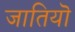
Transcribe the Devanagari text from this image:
जातियॊ